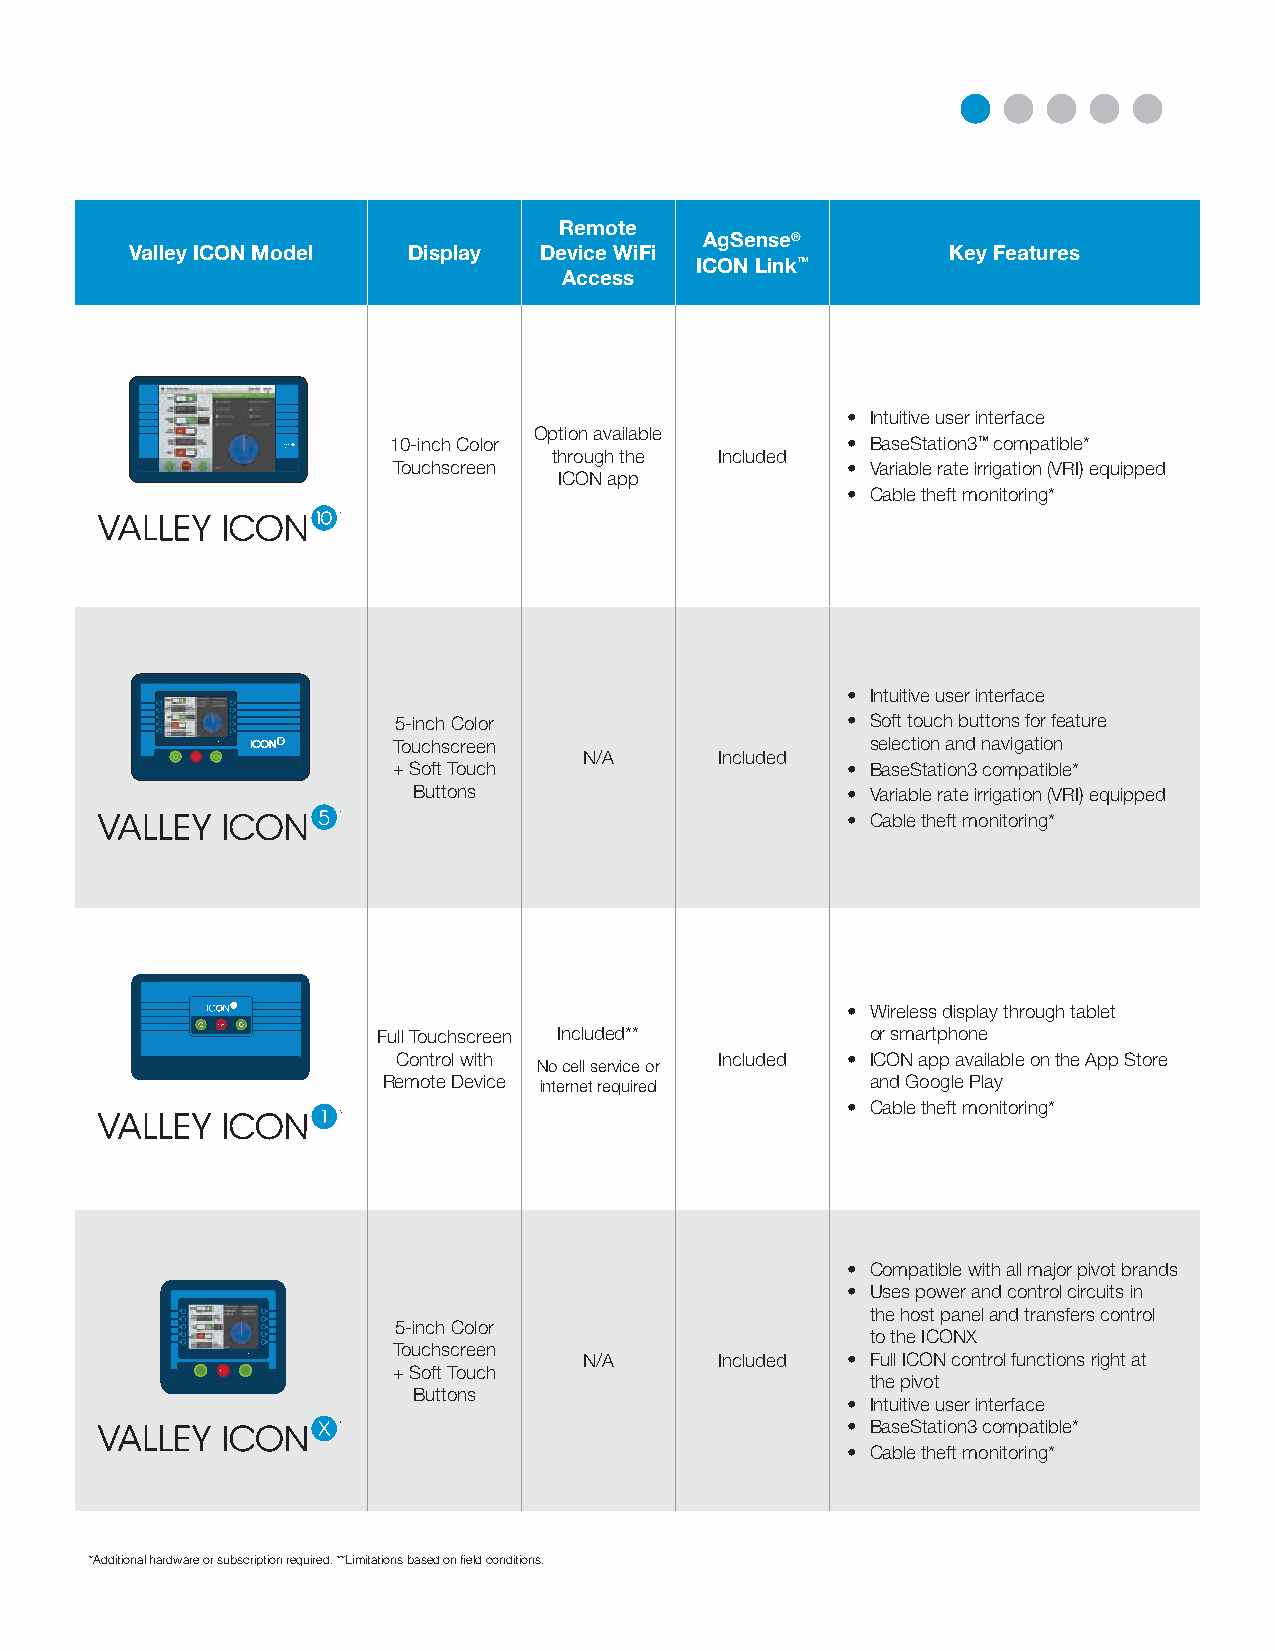
Remote
 AgSense®
 Valley ICON Model Display  Device WiFi                Key Features
 ICON Link™
 Access
 • Intuitive user interface
 Option available
 10-inch Color                 • BaseStation3™ compatible*
 through the Included
 Touchscreen                   • Variable rate irrigation (VRI) equipped
 ICON app
 • Cable theft monitoring*
 • Intuitive user interface
 5-inch Color                  • Soft touch buttons for feature
 Touchscreen                     selection and navigation
 N/A      Included
 + Soft Touch                  • BaseStation3 compatible*
 Buttons                      • Variable rate irrigation (VRI) equipped
 • Cable theft monitoring*
 • Wireless display through tablet
 Full Touchscreen Included**      or smartphone
 Control with          Included • ICON app available on the App Store
 No cell service or
 Remote Device internet required  and Google Play
 • Cable theft monitoring*
 • Compatible with all major pivot brands
 • Uses power and control circuits in
 the host panel and transfers control
 5-inch Color
 to the ICONX
 Touchscreen
 N/A      Included • Full ICON control functions right at
 + Soft Touch
 the pivot
 Buttons
 • Intuitive user interface
 • BaseStation3 compatible*
 • Cable theft monitoring*
 *Additional hardware or subscription required. **Limitations based on field conditions.